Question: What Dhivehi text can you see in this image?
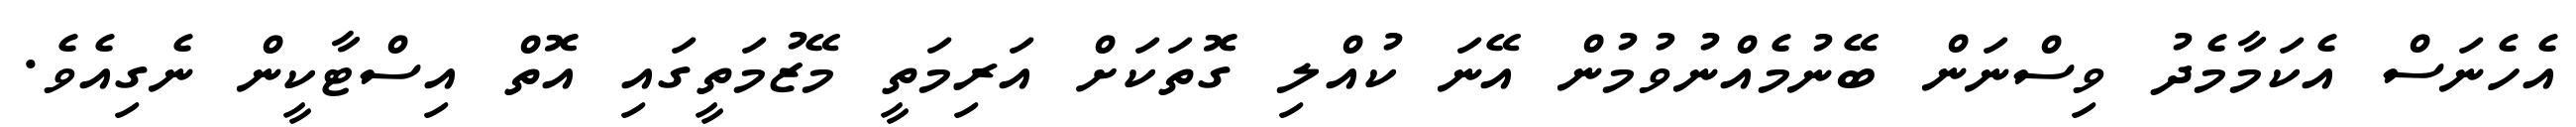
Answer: އެހެނަސް އެކަމާމެދު ވިސްނަން ބޭނުމެއްނުވުމުން އޭނަ ކުއްލި ގޮތަކަށް އަރިމަތީ މޭޒުމަތީގައި އޮތް އިސްޓާކީން ނެގިއެވެ.